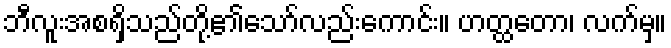
ဘီလူးအစရှိသည်တို့၏သော်လည်းကောင်း။ ဟတ္ထတော၊ လက်မှ။